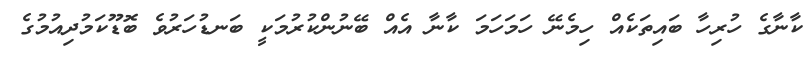
ކާނާގެ ހުރިހާ ބައިތަކެއް ހިމެނޭ ހަމަހަމަ ކާނާ އެއް ބޭނުންކުރުމަކީ ބަނޑުހަރުވެ ބޮޑޫކަމުދިއުމުގެ